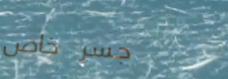
جسر خاص